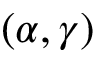
( \alpha , \gamma )